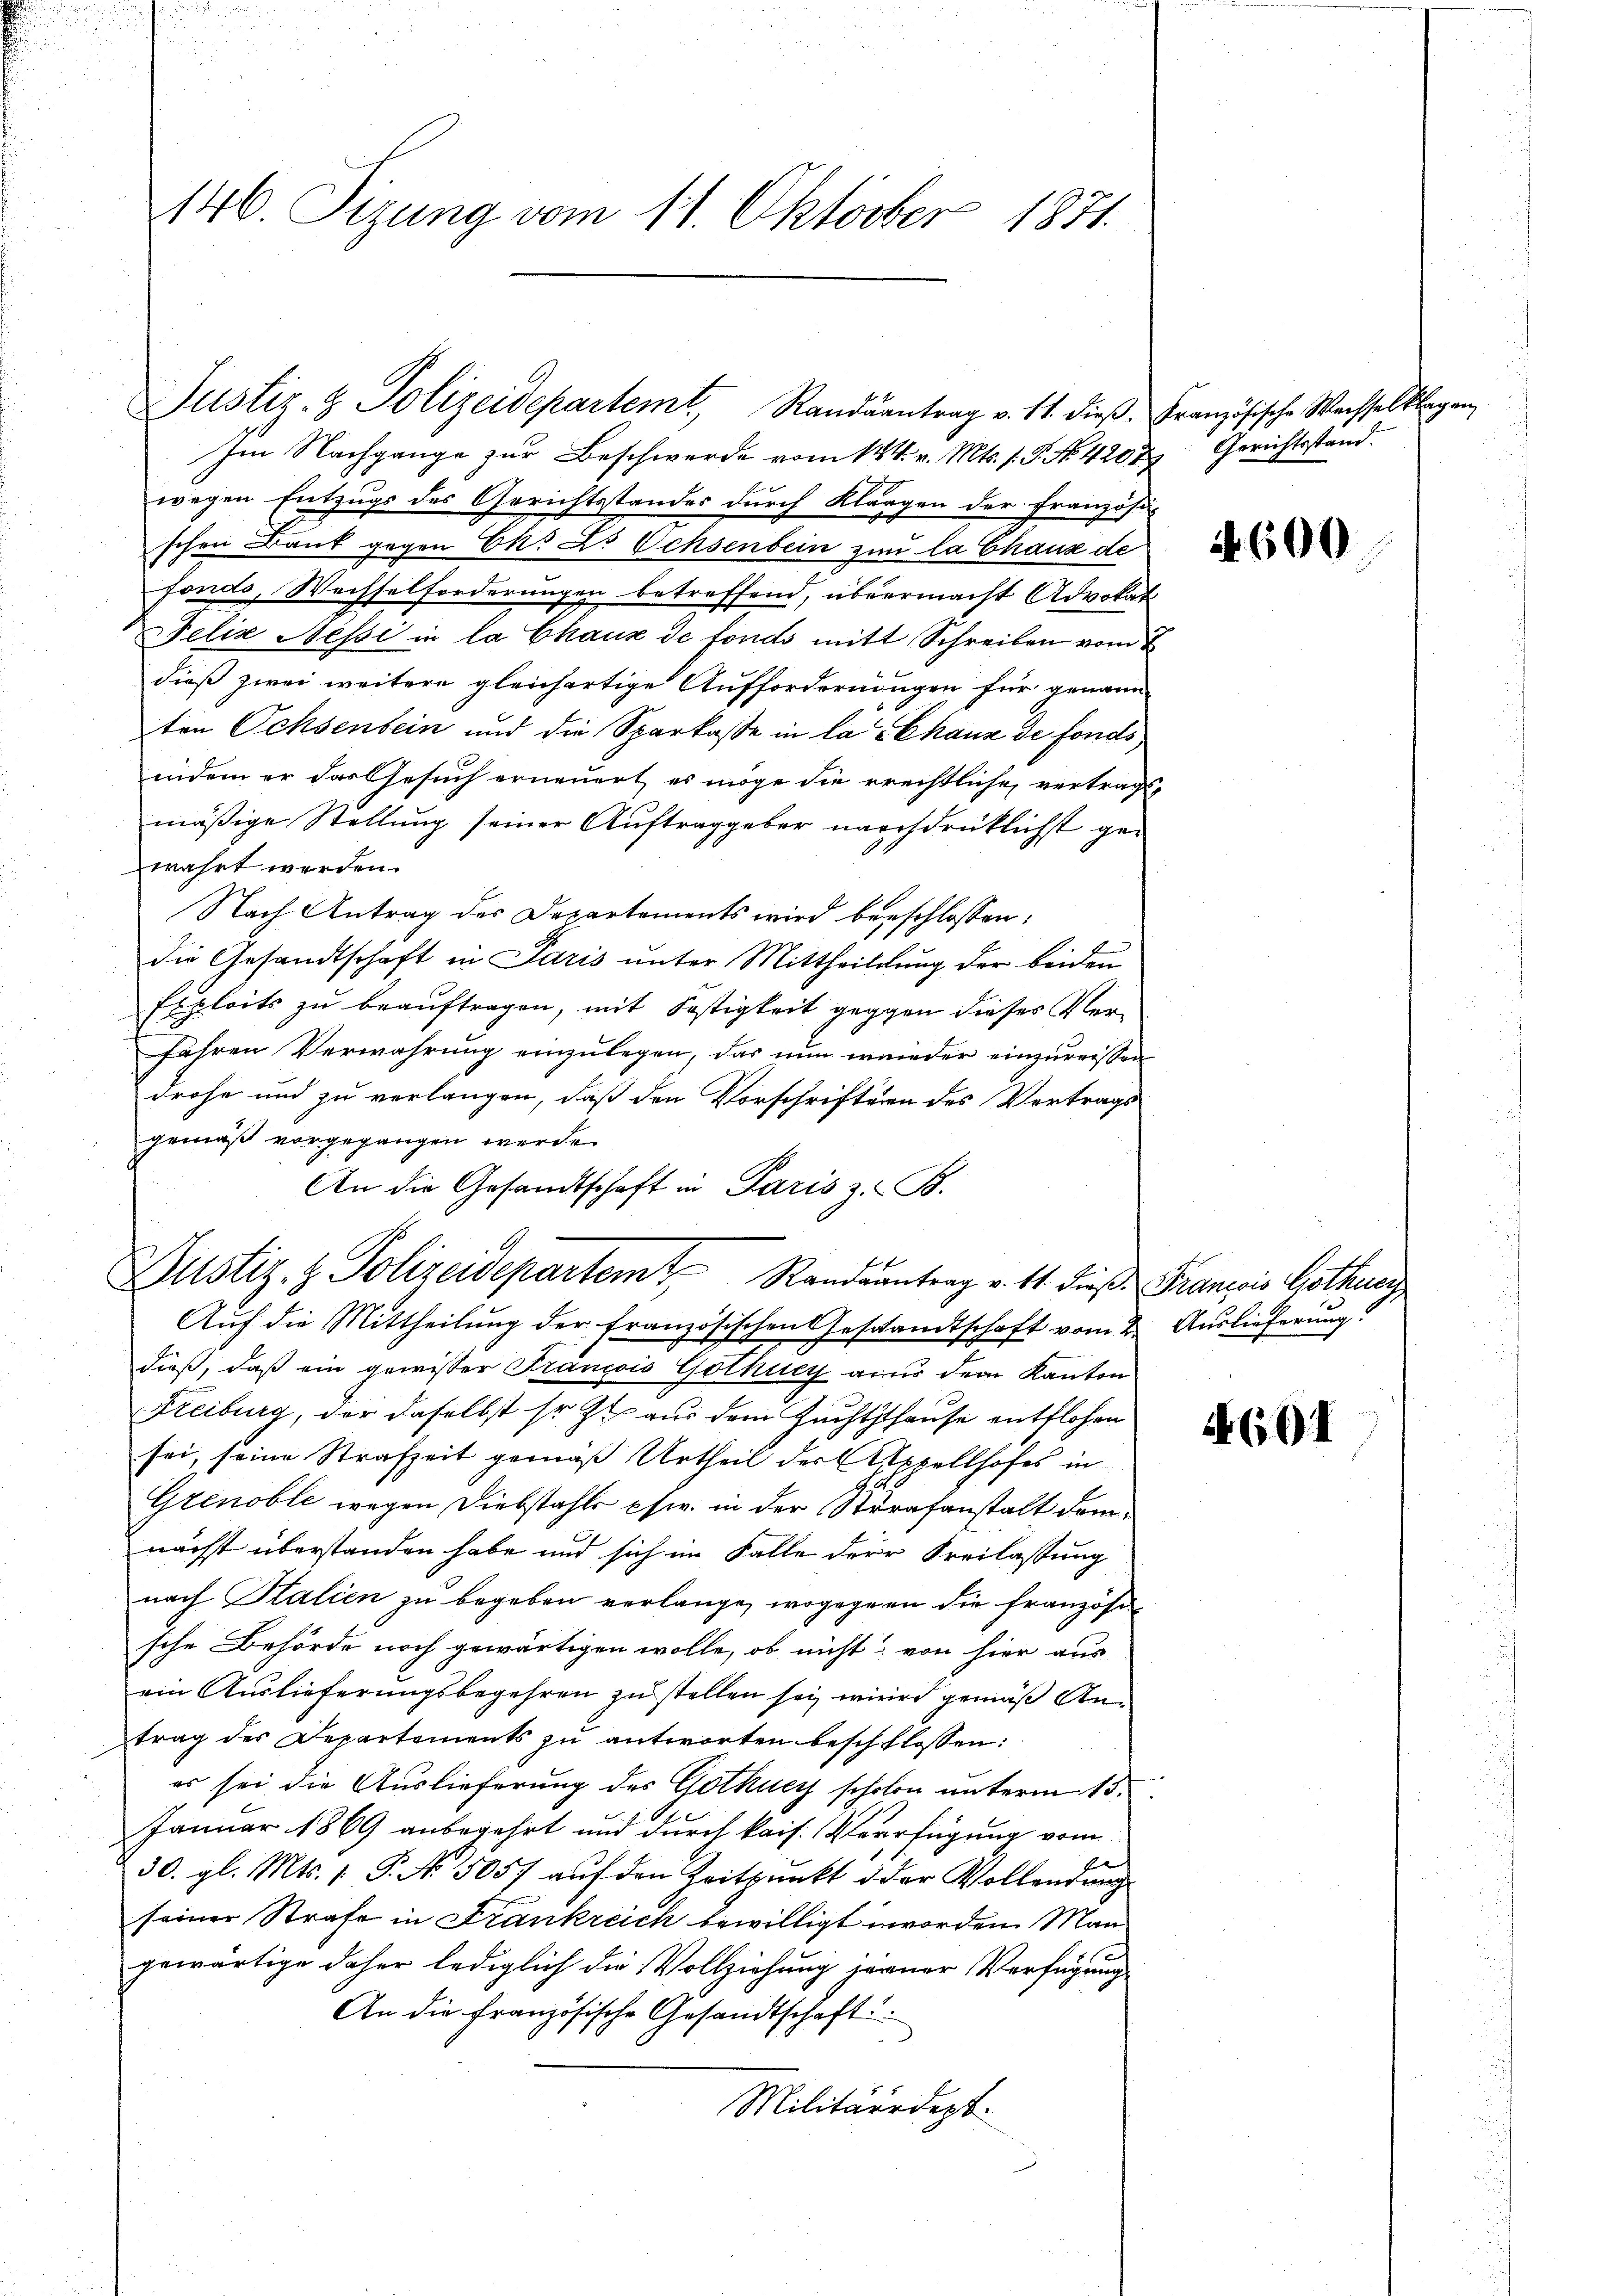
Im Nachgange zur Beschwerde vom 14. v. Mts. s. S. No. 4207 Gerichtsstand.
wegen Entzugs des Gerichtsstandes durch Klaggen der Französi
schen Bank gegen Ch. Ls Ochsenbein zur la Chaus de
fondo, Wechselforderungen betreffend, übermacht Advokat
Felix Nessi in la Chaux de fonds mit Schreiben vom 2
dieß zwei weitere gleichartige Auffordernungen für genann
ten Ochsenbein und die Sparkasse in la Chaux de fonds,
indem er das Gesuch erneuert, es möge die erechtliche vertragt,
mäßige Stellung seiner Auftraggeber nachdrücklichst gewahrt werden.
Nach Antrag des Departements wird beschlossen:
die Gesandtschaft in Paris ŭnter Mittheilŭng der beiden
Exploits zu beauftragen, mit Festigkeit gegen dieses Verfahren Verwahrŭng einzŭlegen, das nun wieder einzŭreissen
drohe und zu verlangen, daß den Vorschriftung des Vertrags
gemäß vorgegangen werde.
Aŭf die Mittheilung der französischen Gestandtschaft vom 2. Auslieferung
dieß, daß ein gewisser François Gothury aus dem Kanton
Freiburg, der daselbst so z. aus dem Zuchtsthause entflohen
sei, seine Strafzeit gemäß Urtheil der Appellhofes in
Grinoble wegen Diebstahls psw. in der Strafanstalt demnächst überstanden habe und sich im Falle der Freilassung
nach Stalien zu begeben verlange, wogegen die franzöhnsche Behörde noch gewärtigen wolle, ob nicht von hier aus
ein Auslieferungsbegehren zu stellen sei, wird gemäß Antrag des Departements zu antworten beschlossen:
es sei die Auslieferung des Gotkucy schoben unterm 15.
Januar 1869 anbegehrt und durch kais. Verfügung vom
30. gl. Mts. 1. P. No. 505) auf den Zeitpunkt der Vollendung
seiner Strafe in Frankreich bewilligt worden. Man
gewärtige daher lediglich die Vollziehung jener Verfügung
An die französische Gesandtschaft
Militärdept.

146. Sizung vom 11. Oktober 1871.

Justiz- & Polizeidepartemt, Randuantrag v. 11. dieß.

An die Gesandtschaft in Paris z. B.
Justiz- & Polizeidepartem Randsantrag v. 11. dieß. Francois Gothaney,

Französische Wachselklagen

4600

4601